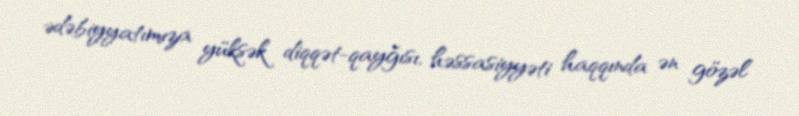
ədəbiyyatımıza yüksək diqqət-qayğısı, həssasiyyəti haqqında ən gözəl